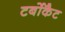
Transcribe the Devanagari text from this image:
टर्बोकैट